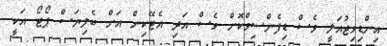
އިންޑިވިޖުއަލީ ވެސް ޑިފެންސިވްކޮށް ވެސް އަދި އެޓޭކިން އަށް ބެލިޔަސް ޕޯޓޯ އަކީ